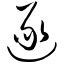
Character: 逐